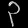
Digit: ၃